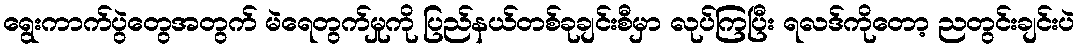
ရွေးကာက်ပွဲတွေအတွက် မဲရေတွက်မှုကို ပြည်နယ်တစ်ခုချင်းစီမှာ လုပ်ကြပြီး ရလဒ်ကိုတော့ ညတွင်းချင်းပဲ